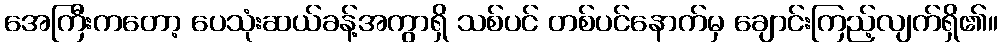
အေကြီးကတော့ ပေသုံးဆယ်ခန့်အကွာရှိ သစ်ပင် တစ်ပင်နောက်မှ ချောင်းကြည့်လျက်ရှိ၏။